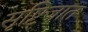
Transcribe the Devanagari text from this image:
सृष्टिजात